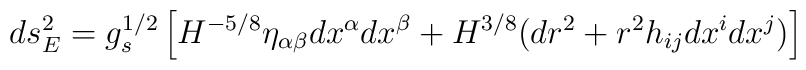
ds_E^2 = g_s^{1/2}\left[H^{-5/8} \eta_{\alpha\beta} dx^\alpha dx^\beta + H^{3/8}(dr^2 +r^2 h_{ij} dx^i dx^j)\right]